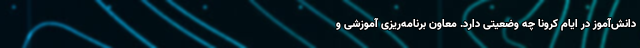
دانش‌آموز در ایام کرونا چه وضعیتی دارد. معاون برنامه‌ریزی آموزشی و